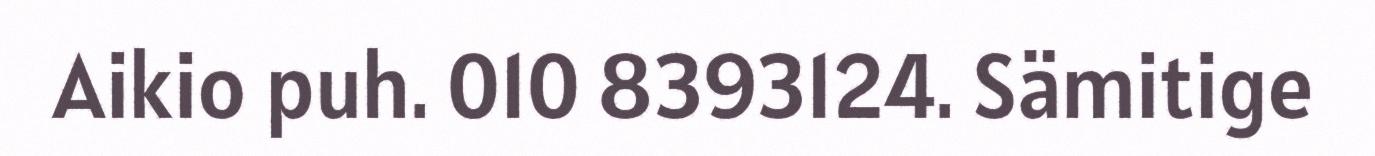
Aikio puh. 010 8393124. Sämitige